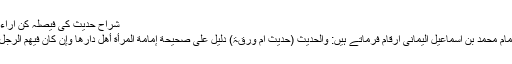
شراح حدیث کی فیصلہ کن آراء:
امام محمد بن اسماعیل الیمانی ارقام فرماتے ہیں: والحدیث (حدیث ام ورقۃ) دلیل علی صحيحة إمامة المرأة أھل دارھا وإن کان فیھم الرجل۔